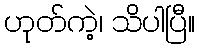
ဟုတ်ကဲ့၊ သိပါပြီ။